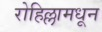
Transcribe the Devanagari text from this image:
रोहिल्लामधून